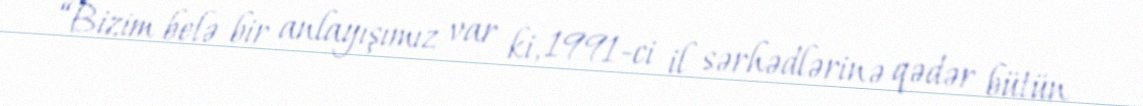
“Bizim belə bir anlayışımız var ki, 1991-ci il sərhədlərinə qədər bütün